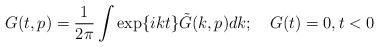
LaTeX: \begin{align*}G(t,p)= \frac{1}{2 \pi} \int \exp \{ikt \}\tilde{G}(k,p)dk;\quad G(t)=0, t<0 \end{align*}